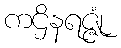
ကဌိနရဇ္ဇုံ